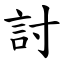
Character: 討